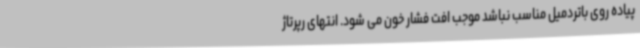
پیاده روی باتردمیل مناسب نباشد موجب افت فشار خون می شود. انتهای رپرتاژ